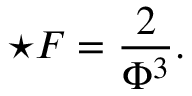
\star F = \frac { 2 } { \Phi ^ { 3 } } .